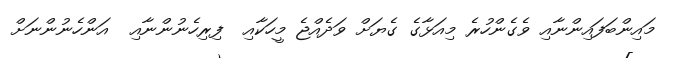
މައިންބަފައިންނާއި ވެގެންހުރެ މިއަޅާގެ ގެޔަށް ވަދެއްޖެ މީހަކާއި  ފިރިހެނުންނާއި  އަންހެނުންނަށް